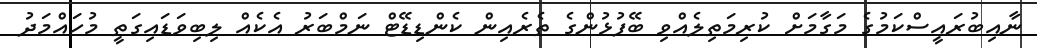
ނާއިބުރައީސްކަމުގެ މަގާމަަށް ކުރިމަތިލެއްވި ބޭފުޅުންގެ ތެރެއިން ކެންޑިޑޭޓް ނަމްބަރު އެކެއް ލިބިވަޑައިގަތީ މުހައްމަދު